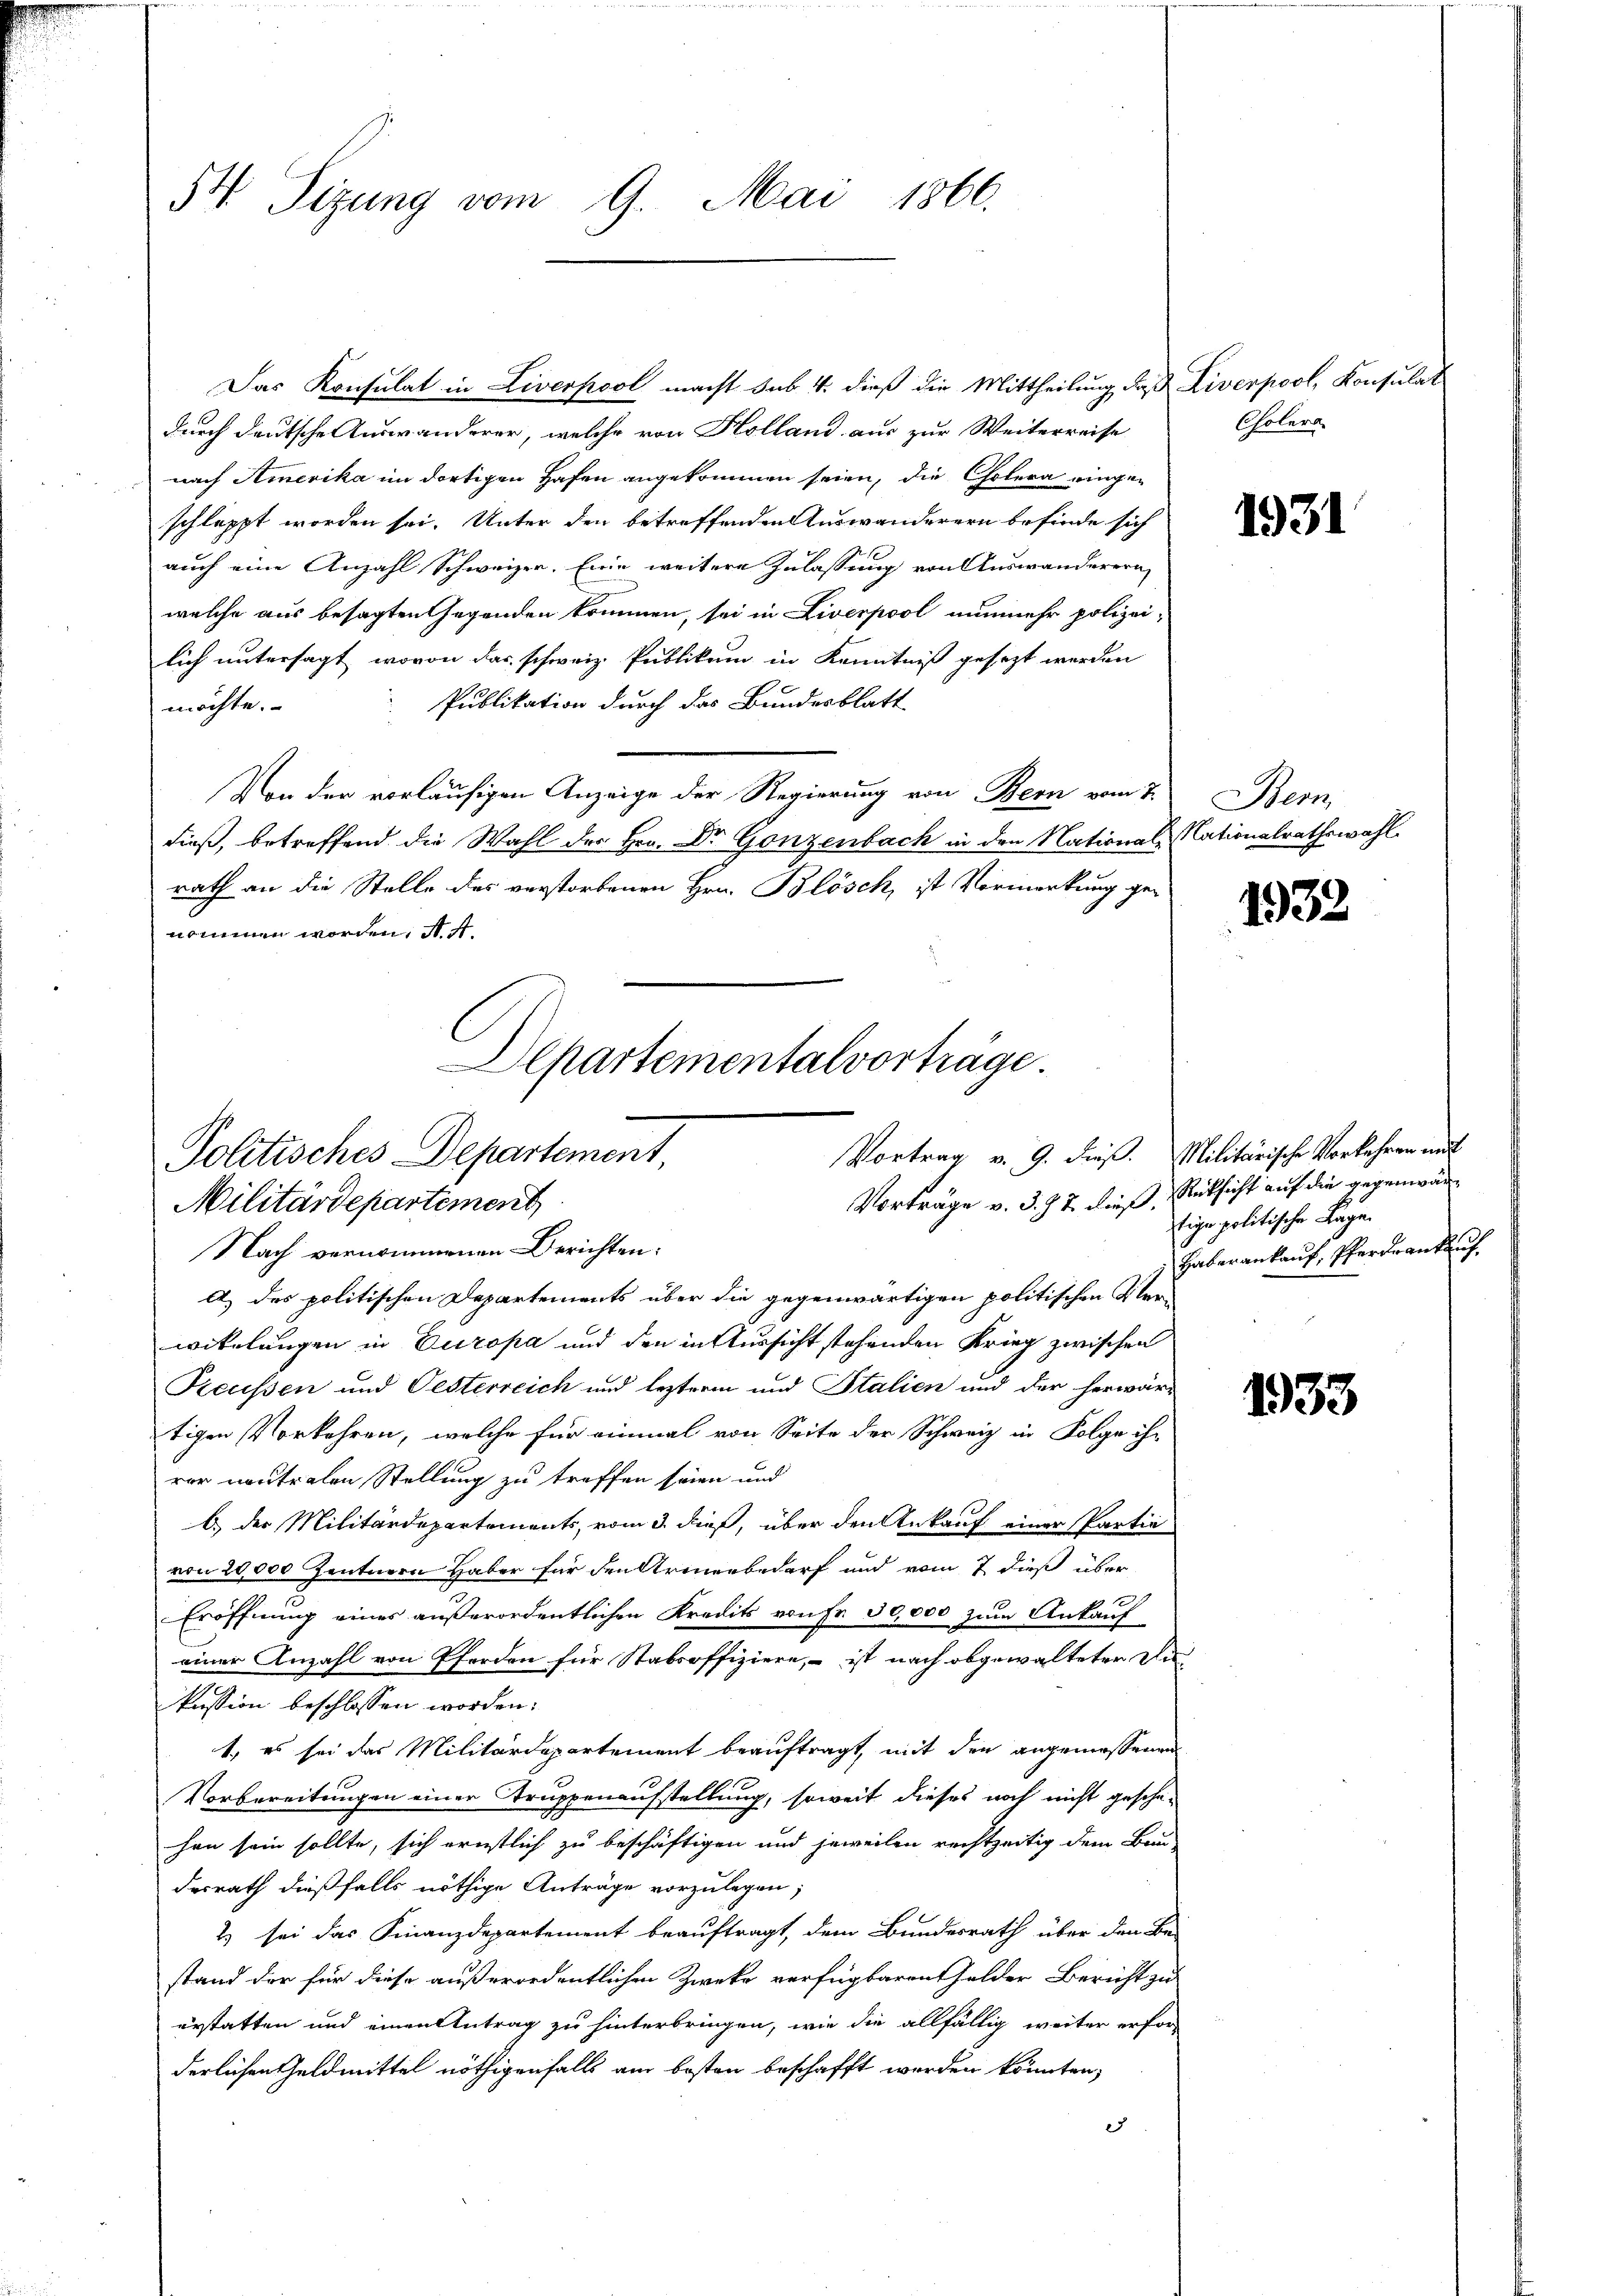
54 Sizung vom 9. Mai 1866.

Das Konsulat in Liverpool macht sub. 4. dieß die Mittheilung das Liverpool, Konsulat
durch deutsche Auswanderer, welche von Holland aus zur Weiterreise
nach Amerika im dortigen Hafen angekommen seien, die Cholera eingen
schleppt worden sei. Unter den betreffenden Auswanderern befinde sich
auch eine Anzahl Schweizer. Eine weitere Zulassung von Auswanderern
welche aus besagten Gegenden kommen, sei in Liverpool nunmehr polizei-
lich untersagt, wovon das schweiz. Publikum in Kenntniß gesezt werden
Publikation durch das Bundesblatt
möchte.
Von der vorläufigen Anzeige der Regierung von Bern vom 7.
dieß, betreffend die Wahl der Hrn. Dr. Gonzenbach in den National-Nationalrathswahl
rath an die Stelle des verstorbenen Hrn. Blösch, ist Vormerkung ge-
nommen worden, f

Departementalvorträge.
Vortrag v. 9. dieß. Militärische Vorkehren mit
Politisches Departement,
Militärdepartement

Nach vernommenen Berichten:
a) des politischen Departements über die gegenwärtigen politischen Verwikelungen in Europa und den in Aussicht stehenden Krieg zwischen
Preussen und Oesterreich und lezterm und Stalien und der herwär-
tigen Vorkehren, welche für einmal von Seite der Schweiz in Folge ihr
rer neutralen Stellung zu treffen seien und
b.) der Militärdepartements, vom 3. dieß, über den Ankauf einer Partie
von 20,000 Zentnern Haber für den Armenbedarf und vom 7 dieß über
Eröffnung eines außerordentlichen Kredits von Fr. 30,000 zum Ankauf
einer Anzahl von Pferden für Stabsoffiziere, – ist nach abgewalteter Di
kussion beschlossen worden:
1., es sei das Militärdepartement beauftragt, mit den angemessenen
Vorbereitungen einer Truppenaufstellung, soweit dieses noch nicht geschä-
hen sein sollte, sich ernstlich zu beschäftigen und jeweilen rechtzeitig dem Bau-
desrath dießfalls nöthige Anträge vorzulegen;
2) sei das Finanzdepartement beauftragt, dem Bundesrath über den Be-
stand der für diese außerordentlichen Zwecke verfügbaren Gelder Bericht zu
erstatten und einen Antrag zu hinterbringen, wie die allfällig weiter erfor-
derlichen Geldmittel nöthigenfalls am besten beschafft werden könnten,
7

Cholera

1931

Bem

1932

Vorträge v. 3. 72 dieß, Rücksicht auf die gegenwärtiger politische Lage.
Haber ankauf, Pferdrantlich,

1933